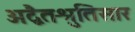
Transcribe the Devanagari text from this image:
अद्वैतश्रुतिसार